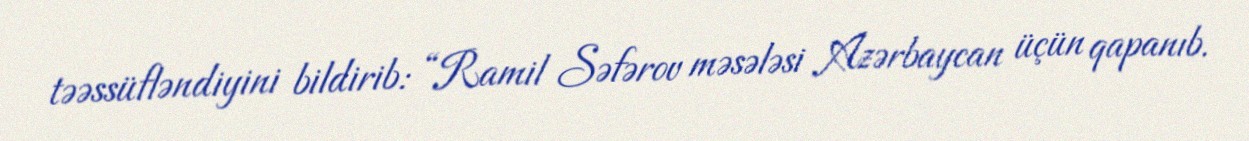
təəssüfləndiyini bildirib: “Ramil Səfərov məsələsi Azərbaycan üçün qapanıb.